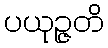
ပယုဉ္ဇတိ